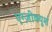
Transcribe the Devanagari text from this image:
एग्ज़ीक्यूशं